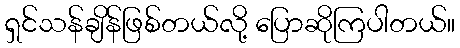
ရှင်သန်ချိန်ဖြစ်တယ်လို့ ပြောဆိုကြပါတယ်။